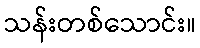
သန်းတစ်သောင်း။